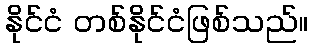
နိုင်ငံ တစ်နိုင်ငံဖြစ်သည်။